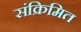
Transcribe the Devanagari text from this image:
संक्रिमित